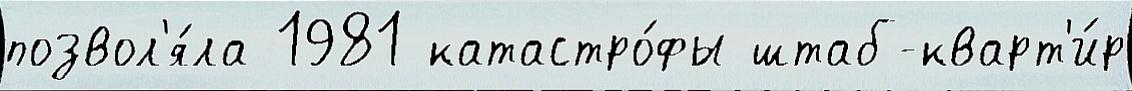
позвол'я́ла 1981 катастро́фы штаб-кварт'и́р